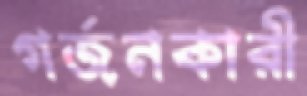
গর্জনকারী